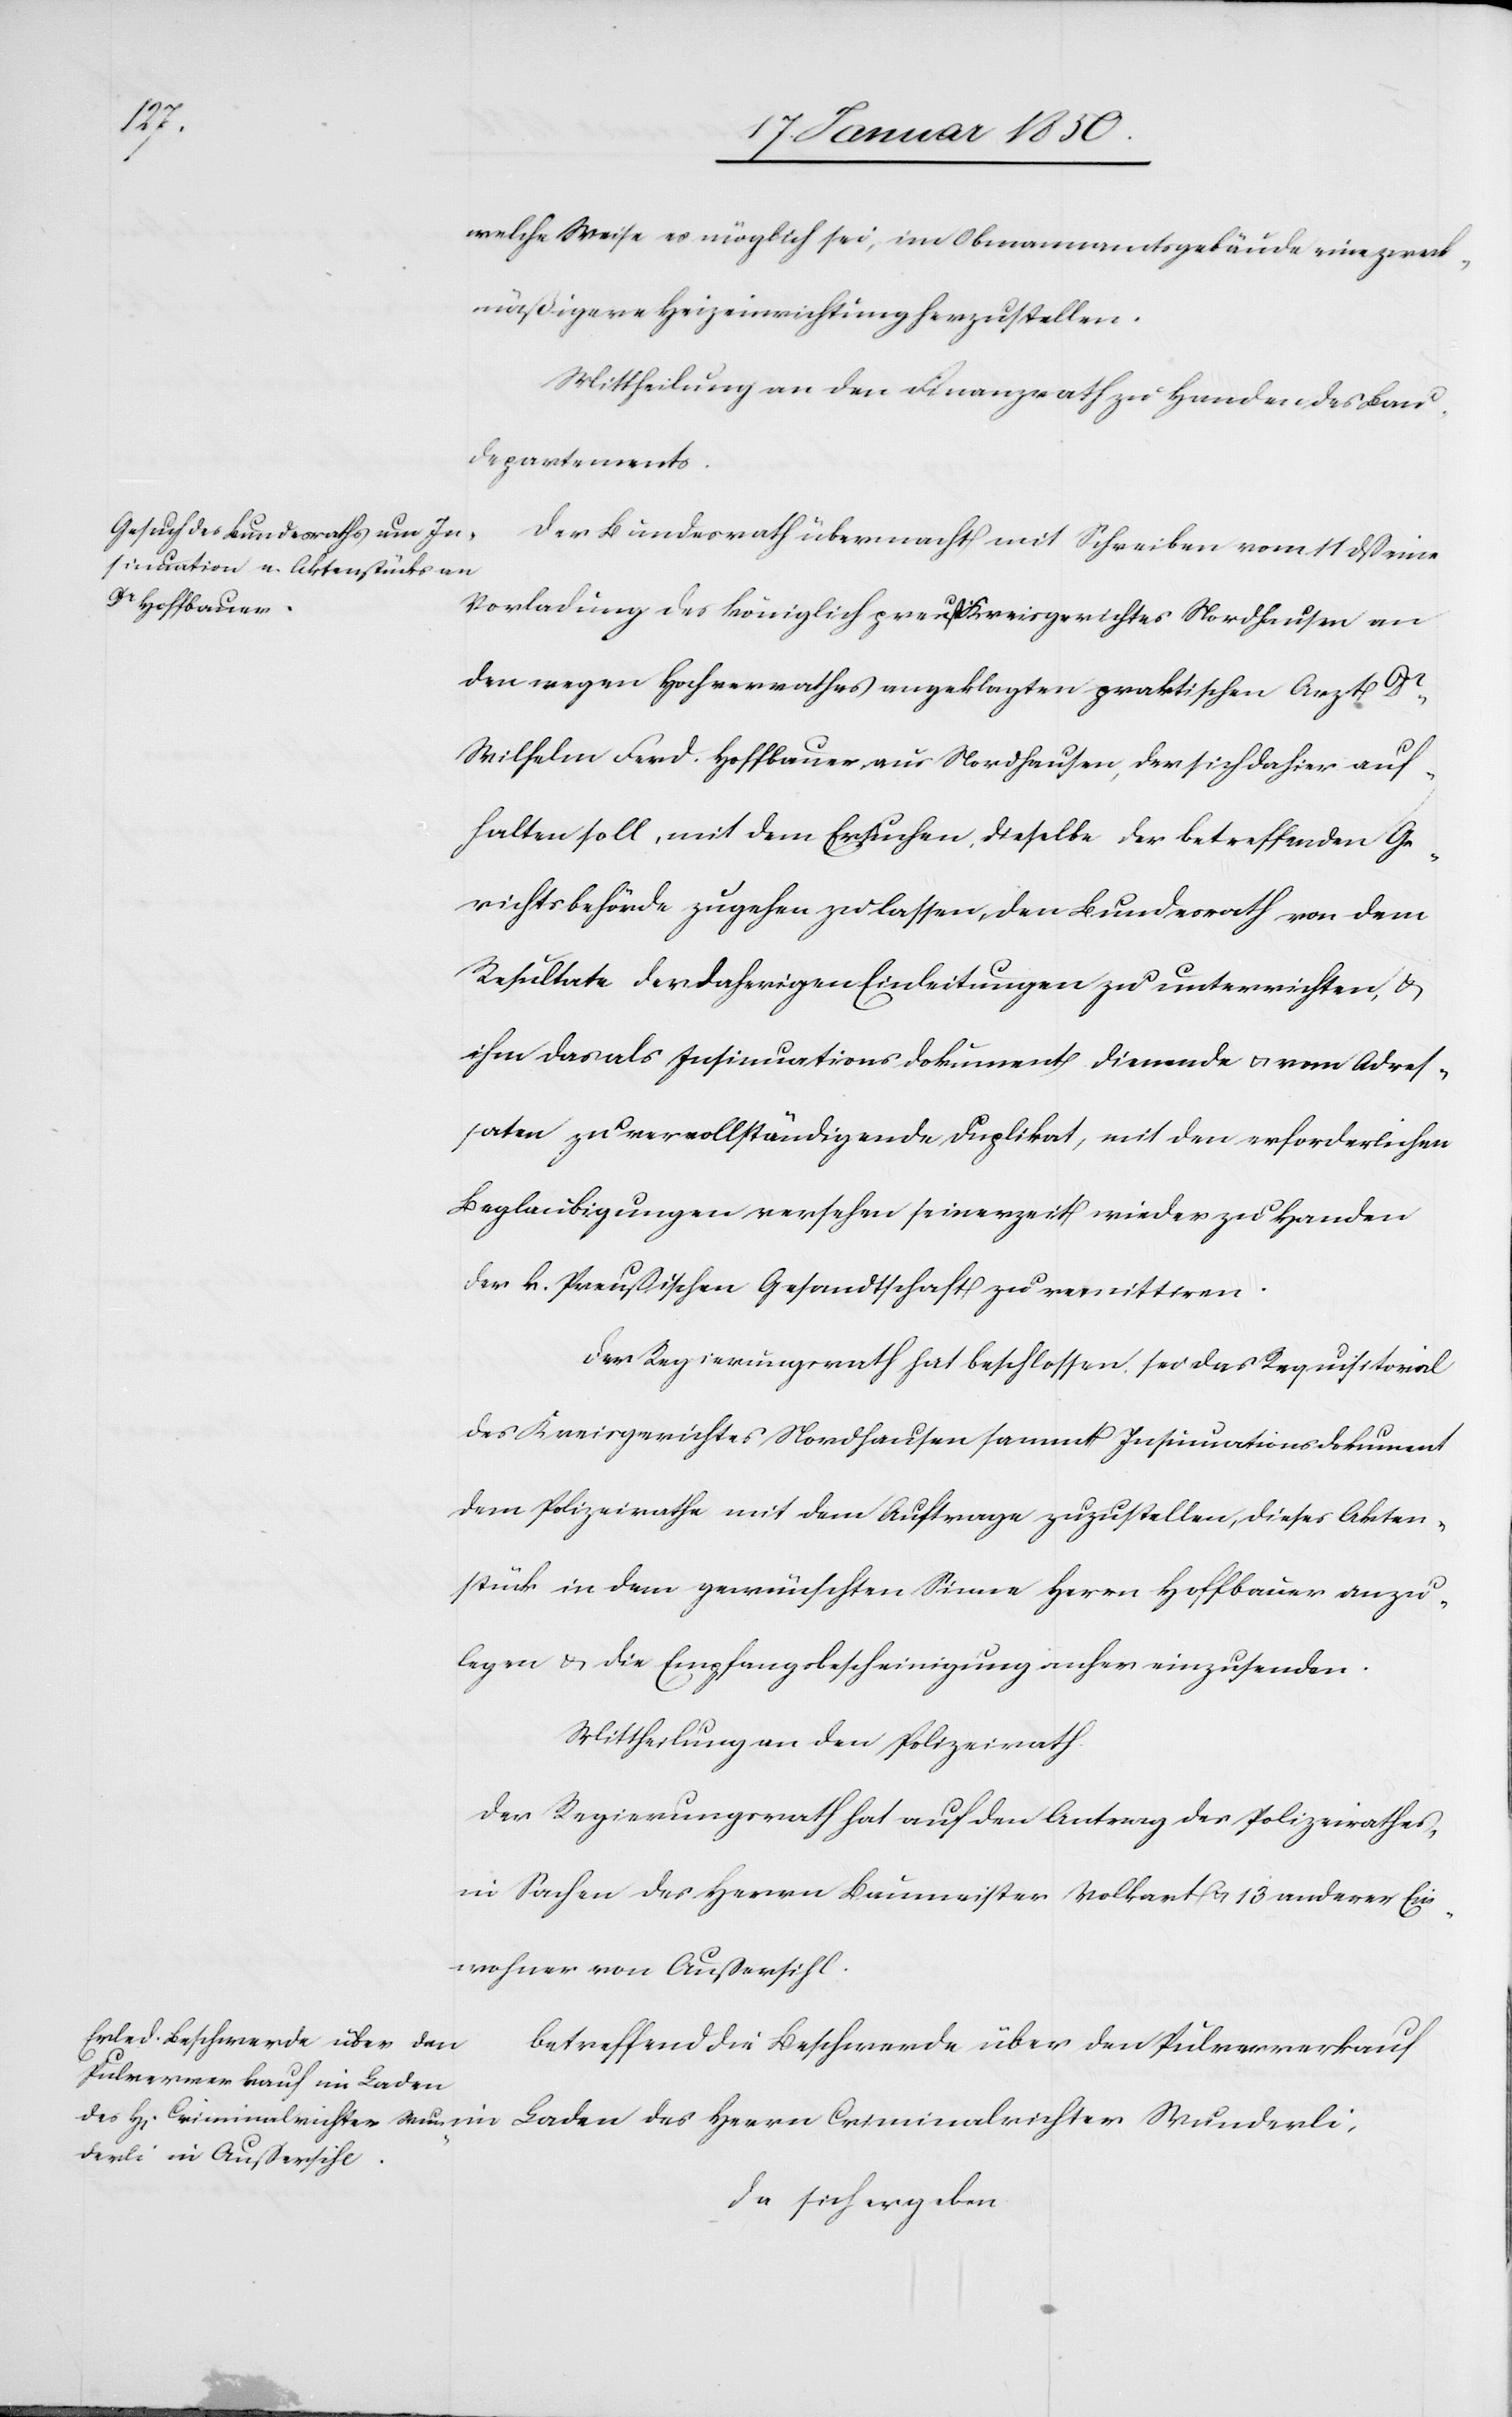
welche Weise es möglich sei, im Obmannamtsgebäude eine zweck¬
mäßigere Heizeinrichtung herzustellen.
Mittheilung an den Finanzrath zu Handen des Bau¬
departements.
Der Bundesrath übermacht mit Schreiben vom 11 dß eine
Vorladung des königlich preuß Kreisgerichtes Nordhausen an
den wegen Hochverrathes angeklagten praktischen Arzt Dr
Wilhelm Ferd. Hoffbauer, aus Nordhausen, der sich dahier auf¬
halten soll, mit dem Ersuchen, dieselbe der betreffenden Ge¬
richtsbehörde zugehen zu lassen, den Bundesrath von dem
Resultate der daherigen Einleitungen zu unterrichten, u.
ihm das als Insinuationsdokument dienende u. vom Adres¬
saten zu vervollständigende Duplikat, mit den erforderlichen
Beglaubigungen versehen seinerzeit wieder zu Handen
der k. Preußischen Gesandtschaft zu remittiren.
Der Regierungsrath hat beschlossen, sei das Requisitorial
des Kreisgerichtes Nordhausen sammt Insinuationsdokument
dem Polizeirathe mit dem Auftrage zuzustellen, dieses Akten¬
stück in dem gewünschten Sinne Herrn Hoffbauer anzu¬
legen u. die Empfangsbeschenigung anher einzusenden.
Mittheilung an den Polizeirath.
Der Regierungsrath hat auf den Antrag des Polizeirathes
in Sachen des Herrn Baumeister Volkart u. 13 anderen Ein¬
wohner von Außersihl.
betreffend die Beschwerde über den Pulververkauf
des
da sich ergeben